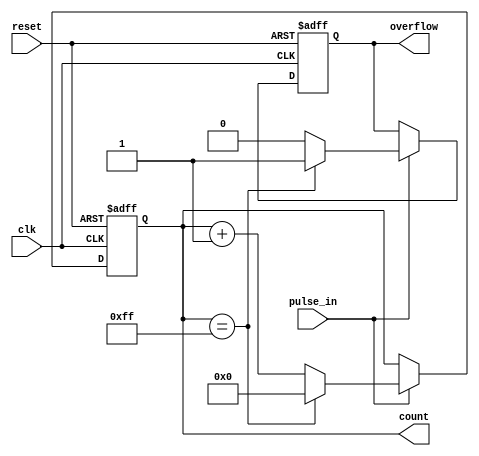
module pulse_counter #(
    parameter N = 8 // Bit width of the counter
) (
    input wire clk,           // Clock signal
    input wire reset,         // Asynchronous reset signal
    input wire pulse_in,      // Pulse input signal
    output reg [N-1:0] count, // Current count value
    output reg overflow       // Overflow indication
);

    // Initialize counter and overflow
    initial begin
        count = 0;
        overflow = 0;
    end

    // Counting logic
    always @(posedge clk or posedge reset) begin
        if (reset) begin
            count <= 0; // Reset the counter to zero
            overflow <= 0; // Clear overflow indication
        end else if (pulse_in) begin
            if (count == {N{1'b1}}) begin // Check for overflow condition
                overflow <= 1; // Set overflow if maximum count is exceeded
                count <= 0; // Wrap around to zero
            end else begin
                count <= count + 1; // Increment the counter
                overflow <= 0; // Clear overflow indication
            end
        end
    end

endmodule